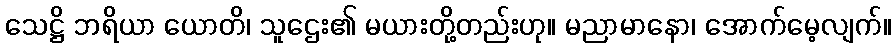
သေဋ္ဌိ ဘရိယာ ယောတိ၊ သူဌေး၏ မယားတို့တည်းဟု။ မညာမာနော၊ အောက်မေ့လျက်။